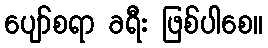
ပျော်စရာ ခရီး ဖြစ်ပါစေ။